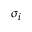
\sigma _ { i }